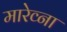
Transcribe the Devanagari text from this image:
मारेव्ना